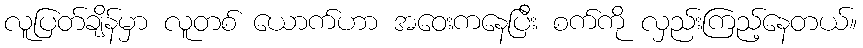
လူပြတ်ချိန်မှာ လူတစ် ယောက်ဟာ အဝေးကနေပြီး စက်ကို လှည်းကြည့်နေတယ်။